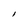
Character: I